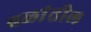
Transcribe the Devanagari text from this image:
बळांतील